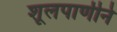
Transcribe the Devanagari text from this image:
शूलपाणीने